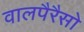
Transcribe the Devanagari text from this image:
वालपैरैसो